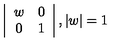
\left| \begin{array} { c c } { w } & { 0 } \\ { 0 } & { 1 } \\ \end{array} \right| , | w | = 1